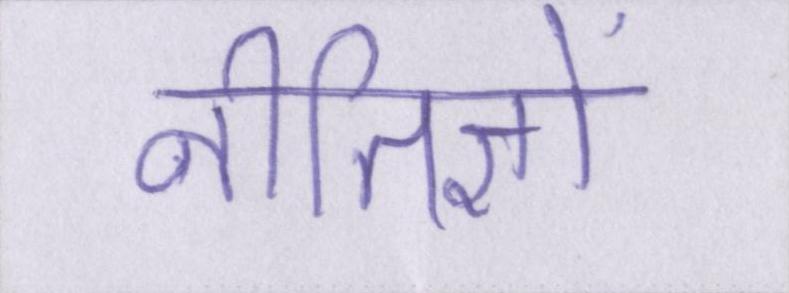
नीतिज्ञों